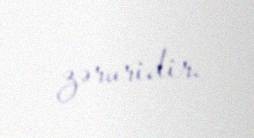
zəruridir.